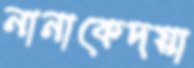
নানাকেদয়া